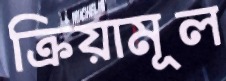
ক্রিয়ামূল